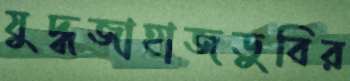
যুদ্ধজাহাজডুবির